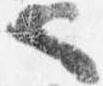
也